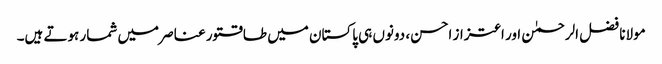
مولانا فضل الرحمٰن اور اعتزاز احسن، دونوں ہی پاکستان میں طاقتور عناصر میں شمار ہوتے ہیں۔